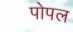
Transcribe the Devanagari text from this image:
पोपल